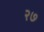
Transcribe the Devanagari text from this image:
२७